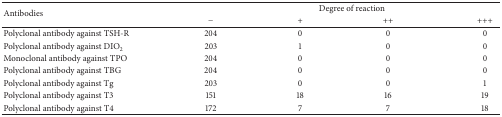
<table><thead><tr><td rowspan="2"><b>Antibodies</b></td><td colspan="4"><b>Degree of reaction</b></td></tr><tr><td><b>−</b></td><td><b>+</b></td><td><b>++</b></td><td><b>+++</b></td></tr></thead><tbody><tr><td>Polyclonal antibody against TSH-R</td><td>204</td><td>0</td><td>0</td><td>0</td></tr><tr><td>Polyclonal antibody against DIO<sub>2</sub></td><td>203</td><td>1</td><td>0</td><td>0</td></tr><tr><td>Monoclonal antibody against TPO</td><td>204</td><td>0</td><td>0</td><td>0</td></tr><tr><td>Polyclonal antibody against TBG</td><td>204</td><td>0</td><td>0</td><td>0</td></tr><tr><td>Polyclonal antibody against Tg</td><td>203</td><td>0</td><td>0</td><td>1</td></tr><tr><td>Polyclonal antibody against T3</td><td>151</td><td>18</td><td>16</td><td>19</td></tr><tr><td>Polyclonal antibody against T4</td><td>172</td><td>7</td><td>7</td><td>18</td></tr></tbody></table>